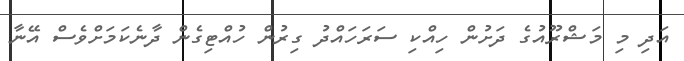
އަދި މި މަޝްރޫއުގެ ދަށުން ހިއްކި ސަރަހައްދު ގިރުން ހުއްޓިގެން ދާނެކަމަށްވެސް އޭނާ